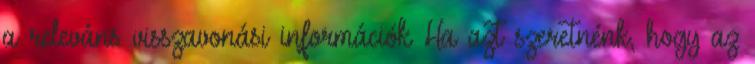
a releváns visszavonási információk Ha azt szeretnénk, hogy az